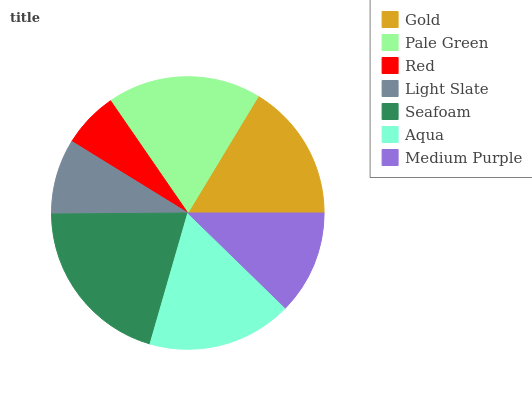
| Gold | Pale Green | Red | Light Slate | Seafoam | Aqua | Medium Purple |
 | --- | --- | --- | --- | --- | --- | --- |
 | 16.4% | 18.3% | 6.62% | 8.91% | 20.4% | 17.2% | 12.3% |